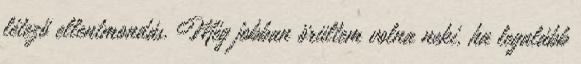
létező ellentmondás. Még jobban örültem volna neki, ha legalább